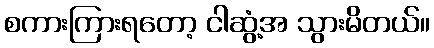
စကားကြားရတော့ ငါဆွံ့အ သွားမိတယ်။